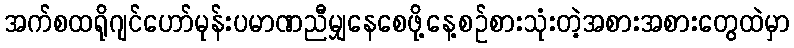
အက်စထရိုဂျင်ဟော်မုန်းပမာဏညီမျှနေစေဖို့နေ့စဉ်စားသုံးတဲ့အစားအစားတွေထဲမှာ